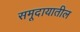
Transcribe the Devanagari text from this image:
समूदायातील